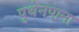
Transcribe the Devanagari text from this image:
पुथेनपाना